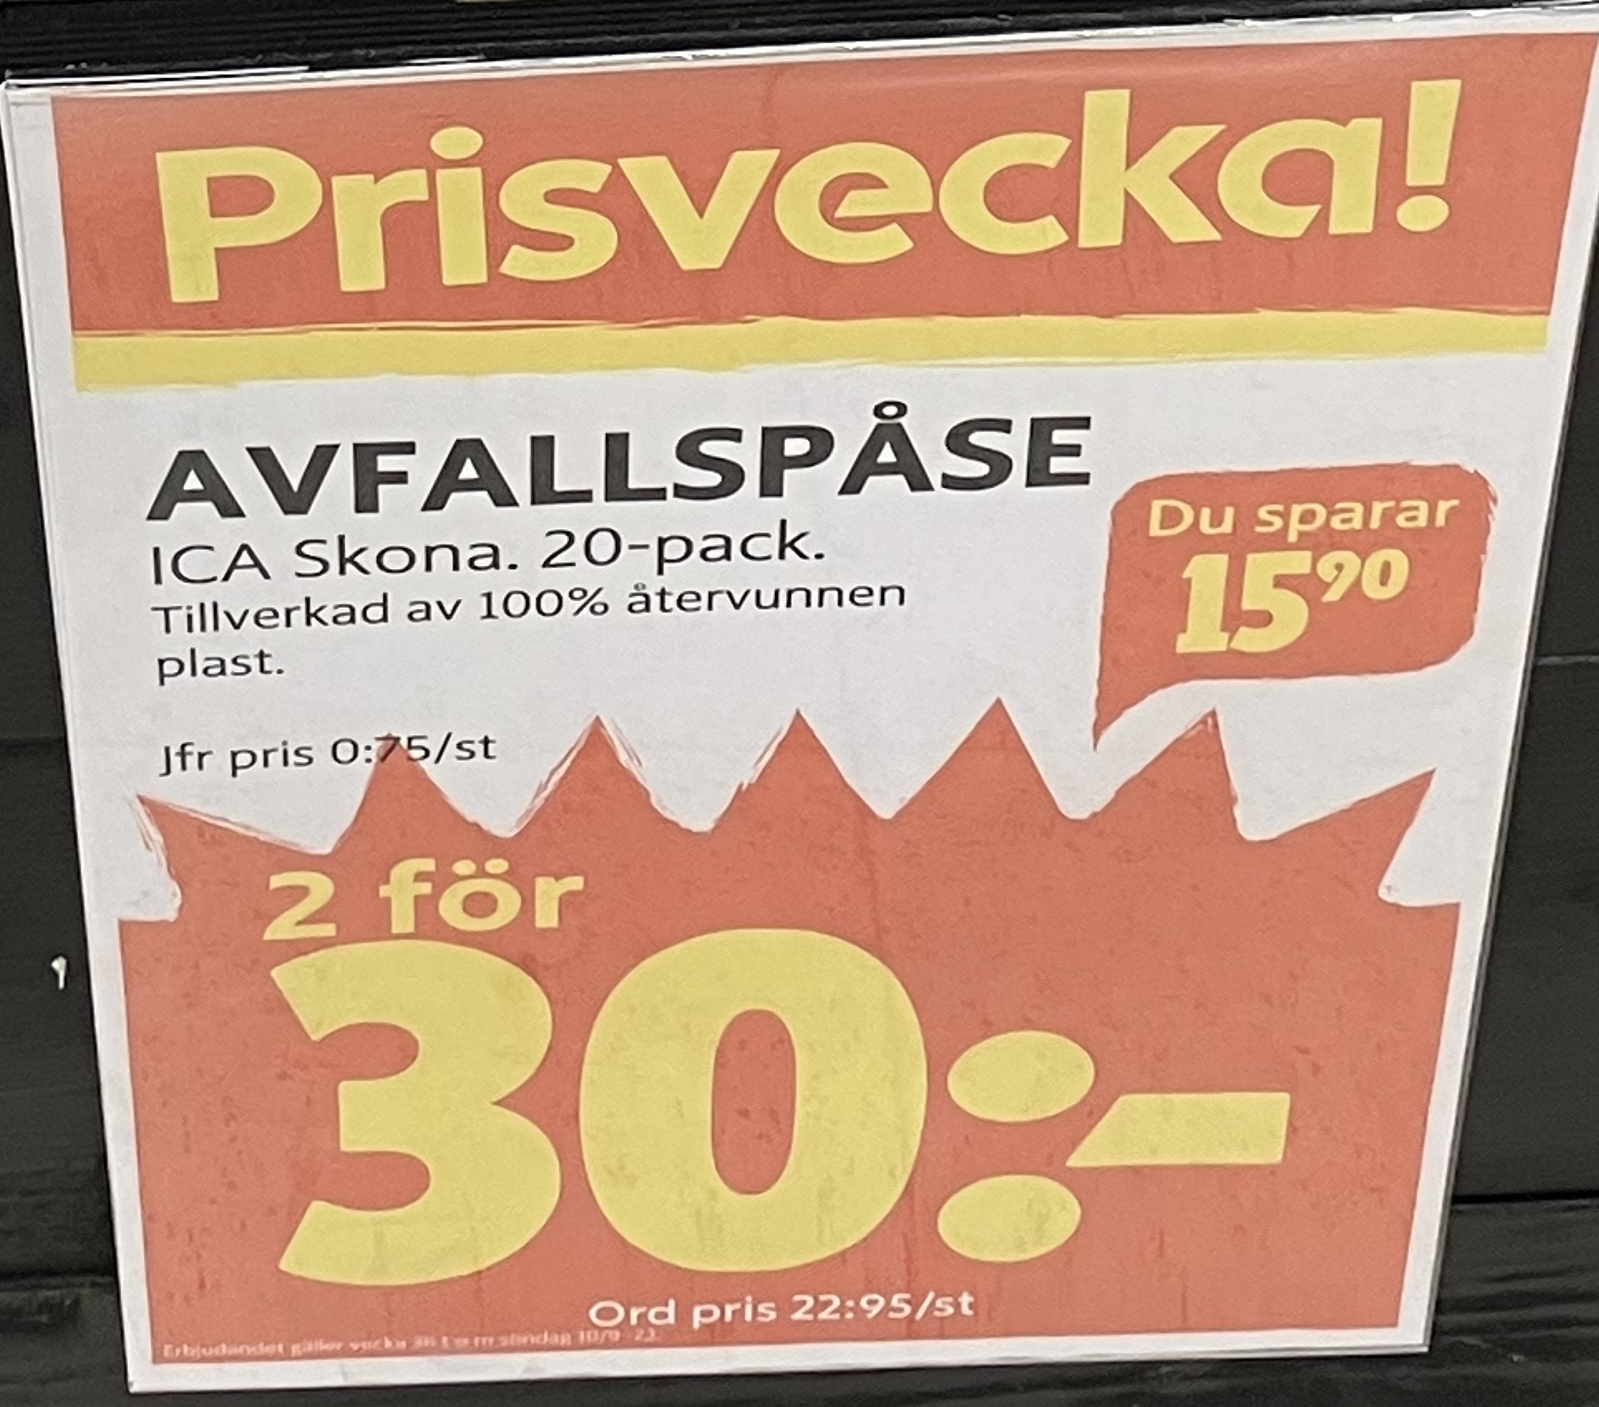
Vara: Avfallspåse
Genomsnittspris: 0.75 per st